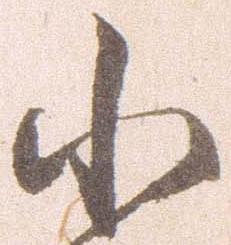
小